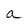
Character: a